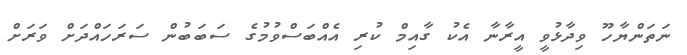
ނަތަންޔާހޫ ވިދާޅުވީ އީރާނާ އެކު ގާއިމް ކުރި އެއްބަސްވުމުގެ ސަބަބުން ސަރަހައްދަށް ވަރަށް